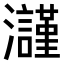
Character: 𤄲